Vaccine operations Central Provinces 1868-1885 - 1868-1885
Year: 1868
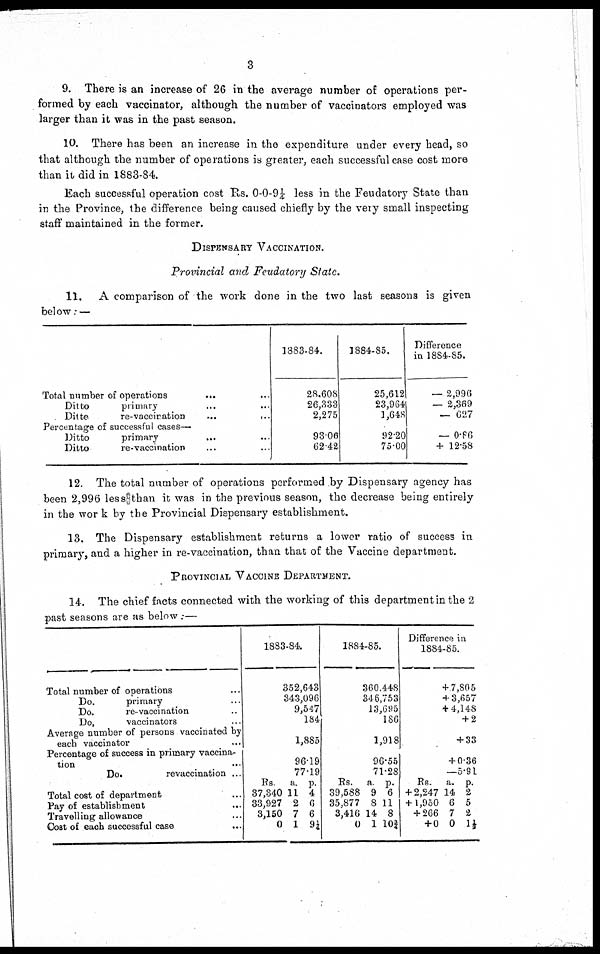
3
9. There is an increase of 26 in the average number of operations per-
formed by each vaccinator, although the number of vaccinators employed was
larger than it was in the past season.
10. There has been an increase in the expenditure under every head, so
that although the number of operations is greater, each successful case cost more
than it did in 1883-84.
Each successful operation cost Rs. 0-0-9¼ less in the Feudatory State than
in the Province, the difference being caused chiefly by the very small inspecting
staff maintained in the former.
DISPENSARY VACCINATION.
Provincial and Feudatory State.
11. A comparison of the work done in the two last seasons is given
below: —
Total number of operations ... ...
Ditto
primary ... ...
Ditte
re-vaccination
...
...
Percentage of successful cases—
Ditto
primary
...
...
Ditto
re-vaccination ... ...
1883-84.
28,608
26,333
2,275
93.06
62.42
1884-85.
25,612
23,964
1,648
92.20
73.00
Difference
in 1884-85.
— 2,996
— 2,369
— 627
— 0.86
+ 12.58
12. The total number of operations performed by Dispensary agency has
been 2,996 less than it was in the previous season, the decrease being entirely
in the work by the Provincial Dispensary establishment.
13. The Dispensary establishment returns a lower ratio of success in
primary, and a higher in re-vaccination, than that of the Vaccine department.
PROVINCIAL VACCINE DEPARTMENT.
14. The chief facts connected with the working of this department in the 2
past seasons are as below . —
Total number of operations ...
Do.
primary ...
Do.
re-vaccination ...
Do.
vaccinators ...
Average number of persons vaccinated by
each vaccinator ...
Percentage of success in primary vaccina-
tion ...
Do.
revaccination ...
Total cost of department ...
Pay of establishment ...
Travelling allowance ...
Cost of each successful case
...
1883-84.
352,643
343,096
9,547
184
1,885
96.19
77.19
Rs.
37,340
33,927
3,150
0
a.
11
2
7
1
p.
4
6
6
90¼
1884-85.
360,448
346,753
13,695
186
1,918
96.55
71.28
Rs.
39,588
35,877
3,416
0
a.
9
8
14
1
p.
6
11
8
10¾
Difference in
1884-85.
+ 7,805
+ 3,657
+ 4,148
+ 2
+ 33
+ 0.36
—5.91
Rs.
+ 2,247
+ 1,950
+ 266
+ 0
a.
14
6
7
0
p.
2
5
2
1½